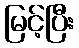
မြင့်ပြီး